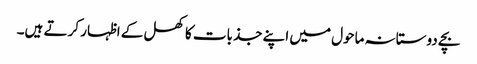
بچے دوستانہ ماحول میں اپنے جذبات کا کھل کے اظہار کرتے ہیں۔